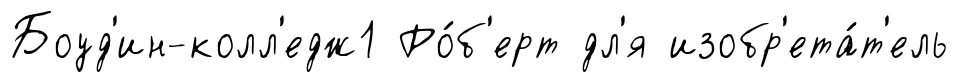
Боуд'ин-колл'едж1 Ро́б'ерт дл'я изобр'ета́т'ель